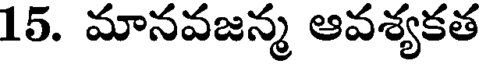
15. మానవజన్మ ఆవశ్యకత